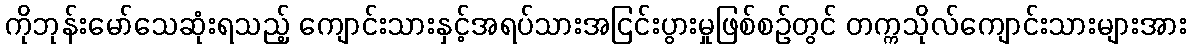
ကိုဘုန်းမော်သေဆုံးရသည့် ကျောင်းသားနှင့်အရပ်သားအငြင်းပွားမှုဖြစ်စဉ်တွင် တက္ကသိုလ်ကျောင်းသားများအား